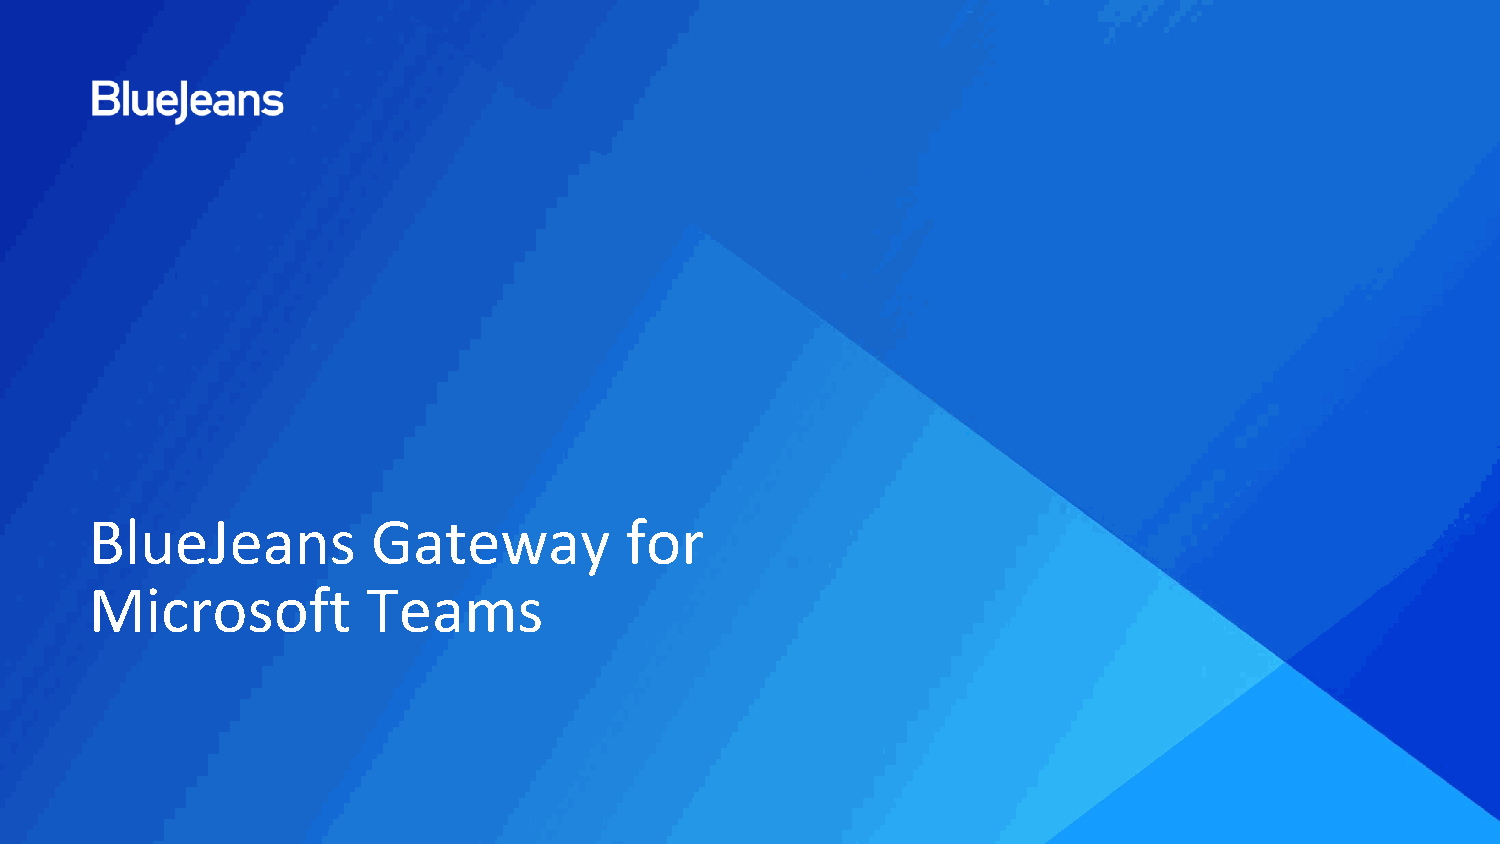
BlueJeans          Gateway         for
 Microsoft         Teams
 © 2019 Blue Jeans Network, Inc. | Page 10